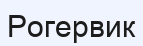
Рогервик